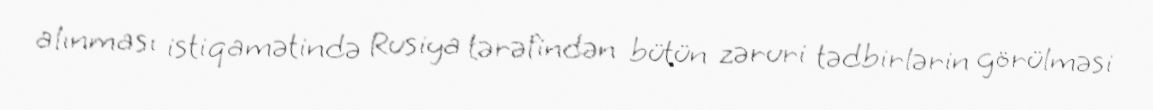
alınması istiqamətində Rusiya tərəfindən bütün zəruri tədbirlərin görülməsi